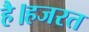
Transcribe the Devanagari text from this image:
है।हजरत